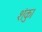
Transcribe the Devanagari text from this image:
शंकु।